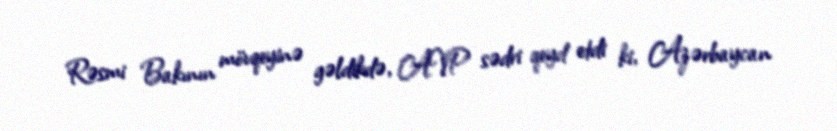
Rəsmi Bakının mövqeyinə gəldikdə, AVP sədri qeyd etdi ki, Azərbaycan